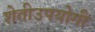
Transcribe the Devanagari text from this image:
शेतीउपयोगी